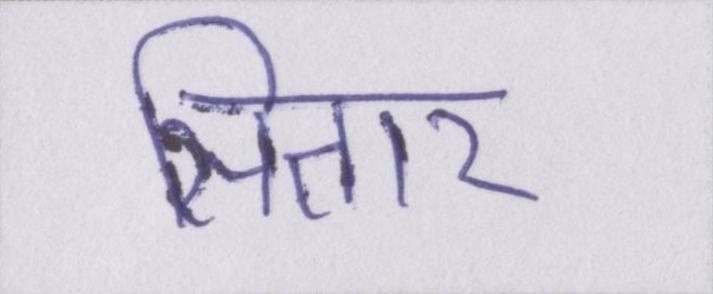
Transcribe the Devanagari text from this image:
सितार